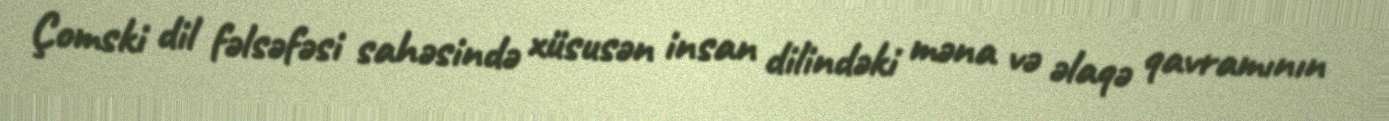
Çomski dil fəlsəfəsi sahəsində xüsusən insan dilindəki məna və əlaqə qavramının